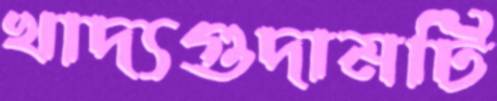
খাদ্যগুদামটি